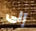
إلى